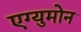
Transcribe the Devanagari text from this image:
एग्युमोन